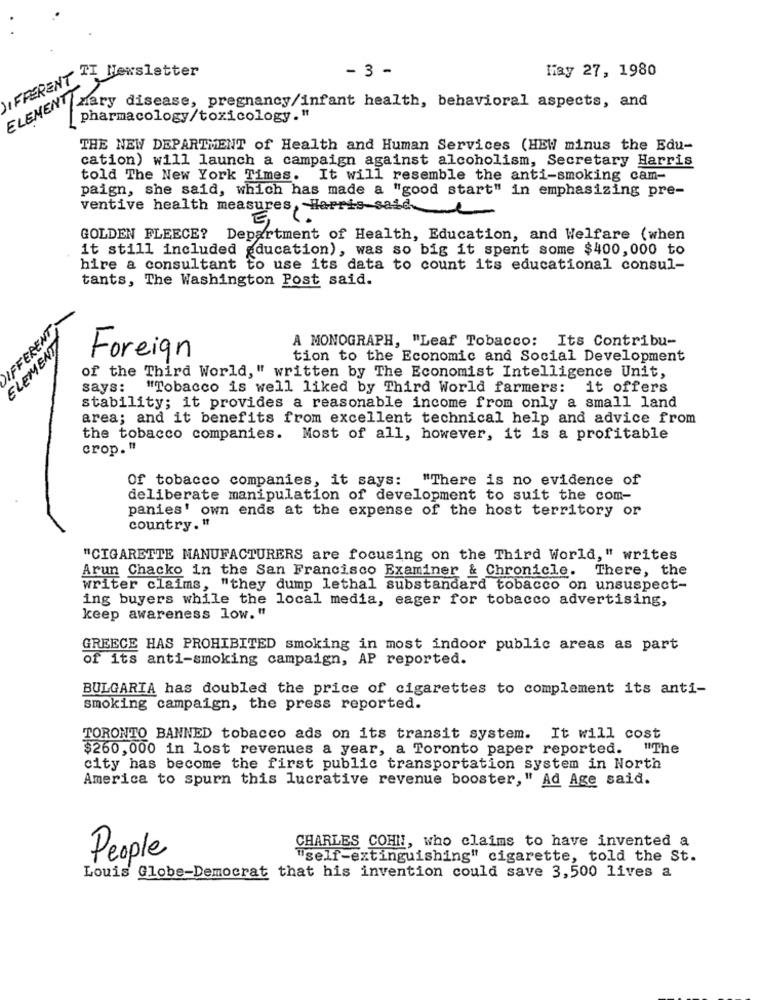
- 3 -
May 27, 1980
DIFFERENT "I Newsletter
EMEN' Mary disease, pregnancy/infant health, behavioral aspects, and
pharmacology/toxicology."
THE NEW DEPARTMENT of Health and Human Services (HEW minus the Edu-
cation) will launch a campaign against alcoholism, Secretary Harris
told The New York Times. It will resemble the anti-smoking cam-
paign, she said, which has made a "good start" in emphasizing pre-
ventive health measures, Harris said
E
GOLDEN FLEECE? Department of Health, Education, and Welfare (when
it still included education), was so big it spent some $400,000 to
hire a consultant to use its data to count its educational consul-
tants, The Washington Post said.
DIFFERENT
ELEMENT
A MONOGRAPH, "Leaf Tobacco: Its Contribu-
Foreign
tion to the Economic and Social Development
of the Third World, " written by The Economist Intelligence Unit,
says:
"Tobacco is well liked by Third World farmers: it offers
stability; it provides a reasonable income from only a small land
area; and it benefits from excellent technical help and advice from
the tobacco companies. Most of all, however, it is a profitable
crop. "
Of tobacco companies, it says: "There is no evidence of
deliberate manipulation of development to suit the com-
panies' own ends at the expense of the host territory or
country. "
"CIGARETTE MANUFACTURERS are focusing on the Third World," writes
Arun Chacko in the San Francisco Examiner & Chronicle. There, the
writer claims, "they dump lethal substandard tobacco on unsuspect-
ing buyers while the local media, eager for tobacco advertising,
keep awareness low. "
GREECE HAS PROHIBITED smoking in most indoor public areas as part
of its anti-smoking campaign, AP reported.
BULGARIA has doubled the price of cigarettes to complement its anti-
smoking campaign, the press reported.
TORONTO BANNED tobacco ads on its transit system. It will cost
$260, 000 in lost revenues a year, a Toronto paper reported. "The
city has become the first public transportation system in North
America to spurn this lucrative revenue booster," Ad Age said.
CHARLES COHN, who claims to have invented a
People
"self-extinguishing" cigarette, told the St.
Louis Globe-Democrat that his invention could save 3,500 lives a